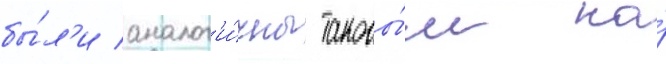
бы́л'и аналог'и́чны таковы́м на́